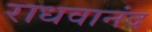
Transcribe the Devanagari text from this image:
राधवानंद